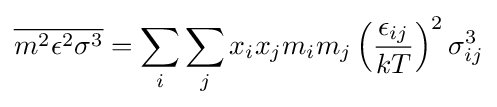
{\overline {m^{2}\epsilon ^{2}\sigma ^{3}}}=\sum _{i}\sum _{j}{x_{i}x_{j}m_{i}m_{j}\left({\frac {\epsilon _{ij}}{kT}}\right)^{2}\sigma _{ij}^{3}}